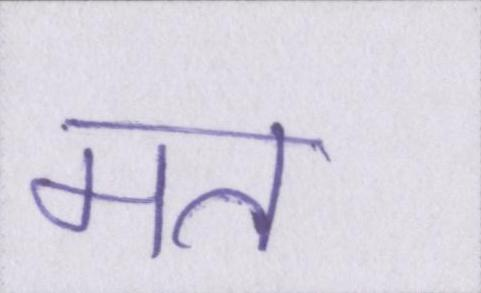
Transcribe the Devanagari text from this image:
मत